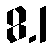
8.1